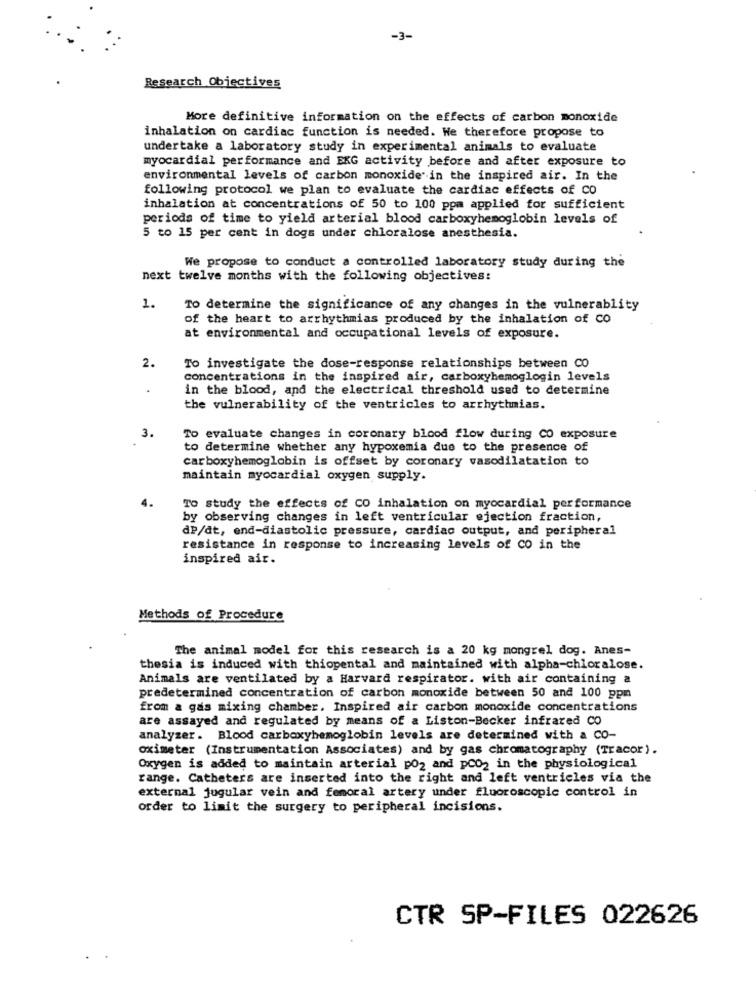
-3-
Research Objectives
More definitive information on the effects of carbon monoxide
inhalation on cardiac function is needed. We therefore propose to
undertake a laboratory study in experimental animals to evaluate
myocardial performance and EKG activity before and after exposure to
environmental levels of carbon monoxide' in the inspired air. In the
following protocol we plan to evaluate the cardiac effects of CO
inhalation at concentrations of 50 to 100 pom applied for sufficient
periods of time to yield arterial blood carboxyhemoglobin levels of
5 to 15 per cent in dogs under chloralose anesthesia.
We propose to conduct a controlled laboratory study during the
next twelve months with the following objectives:
1.
To determine the significance of any changes in the vulnerablity
of the heart to arrhythmias produced by the inhalation of CO
at environmental and occupational levels of exposure.
2.
To investigate the dose-response relationships between CO
concentrations in the inspired air, carboxyhemoglogin levels
in the blood, and the electrical threshold used to determine
the vulnerability of the ventricles to arrhythmias.
3.
To evaluate changes in coronary blood flow during CO exposure
to determine whether any hypoxemia due to the presence of
carboxyhemoglobin is offset by coronary vasodilatation to
maintain myocardial oxygen supply.
4.
To study the effects of CO inhalation on myocardial performance
by observing changes in left ventricular ejection fraction,
dP/dt, end-diastolic pressure, cardiac output, and peripheral
resistance in response to increasing levels of CO in the
inspired air.
Methods of Procedure
The animal model for this research is a 20 kg mongrel dog. Anes-
thesia is induced with thiopental and maintained with alpha-chloralose.
Animals are ventilated by a Harvard respirator. with air containing a
predetermined concentration of carbon monoxide between 50 and 100 ppm
from a gas mixing chamber. Inspired air carbon monoxide concentrations
are assayed and regulated by means of a Liston-Becker infrared CO
analyzer. Blood carboxyhemoglobin levels are determined with a CO-
oximeter (Instrumentation Associates) and by gas chromatography (Tracor).
Oxygen is added to maintain arterial po2 and pCO2 in the physiological
range. Catheters are inserted into the right and left ventricles via the
external jugular vein and femoral artery under fluoroscopic control in
order to limit the surgery to peripheral incisions.
CTR SP-FILES 022626